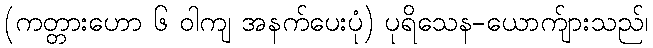
(ကတ္တားဟော ၆ ဝါကျ အနက်ပေးပုံ) ပုရိသေန-ယောက်ျားသည်၊